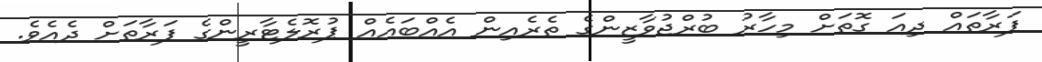
ފަރާތައް ދިއަ ގޮތަށް މިހާރު ބުރްޖުވާޒީންގެ ތެރެއިން އެއްބައެއް ޕުރޮލެޓާރީންގެ ފަރާތަށް ދެއެވެ.